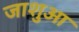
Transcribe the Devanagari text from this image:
जाशुआ